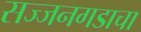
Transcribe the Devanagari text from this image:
सज्जनगडाचा